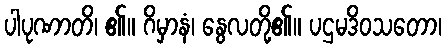
ပါပုဏာတိ၊ ၏။ ဂိမှာနံ၊ နွေလတို့၏။ ပဌမဒိဝသတော၊